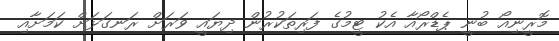
މޮރީނިއޯ ބުނީ ޕެޑްރޯއާ އެކު ޓީމުގެ ފަރިތަކުރުން ދިޔައީ ވަރަށް ރަނގަޅަށް ކަމަށާއި